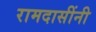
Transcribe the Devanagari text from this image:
रामदासींनी